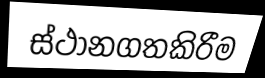
ස්ථානගතකිරීම